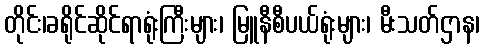
တိုင်း၊ခရိုင်ဆိုင်ရာရုံးကြီးများ၊ မြူနီစီပယ်ရုံးများ၊ မီးသတ်ဌာန၊